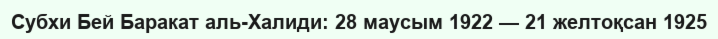
Субхи Бей Баракат аль-Халиди: 28 маусым 1922 — 21 желтоқсан 1925